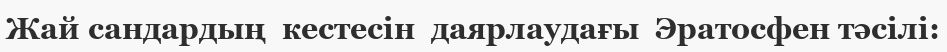
Жай сандардың  кестесін  даярлаудағы  Эратосфен тәсілі: